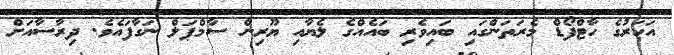
އަހަރުގެ ހާޓްފޯޑް މެރަތަންގައި ބައިވެރި ބައެއްގެ ލެޔާއި ޔޫރިން ސާމްޕަލް ނަގާފައެވެ. ދިރާސާއަށް